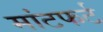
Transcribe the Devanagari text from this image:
मांटफर्ट